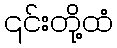
၎င်းတို့ထံ